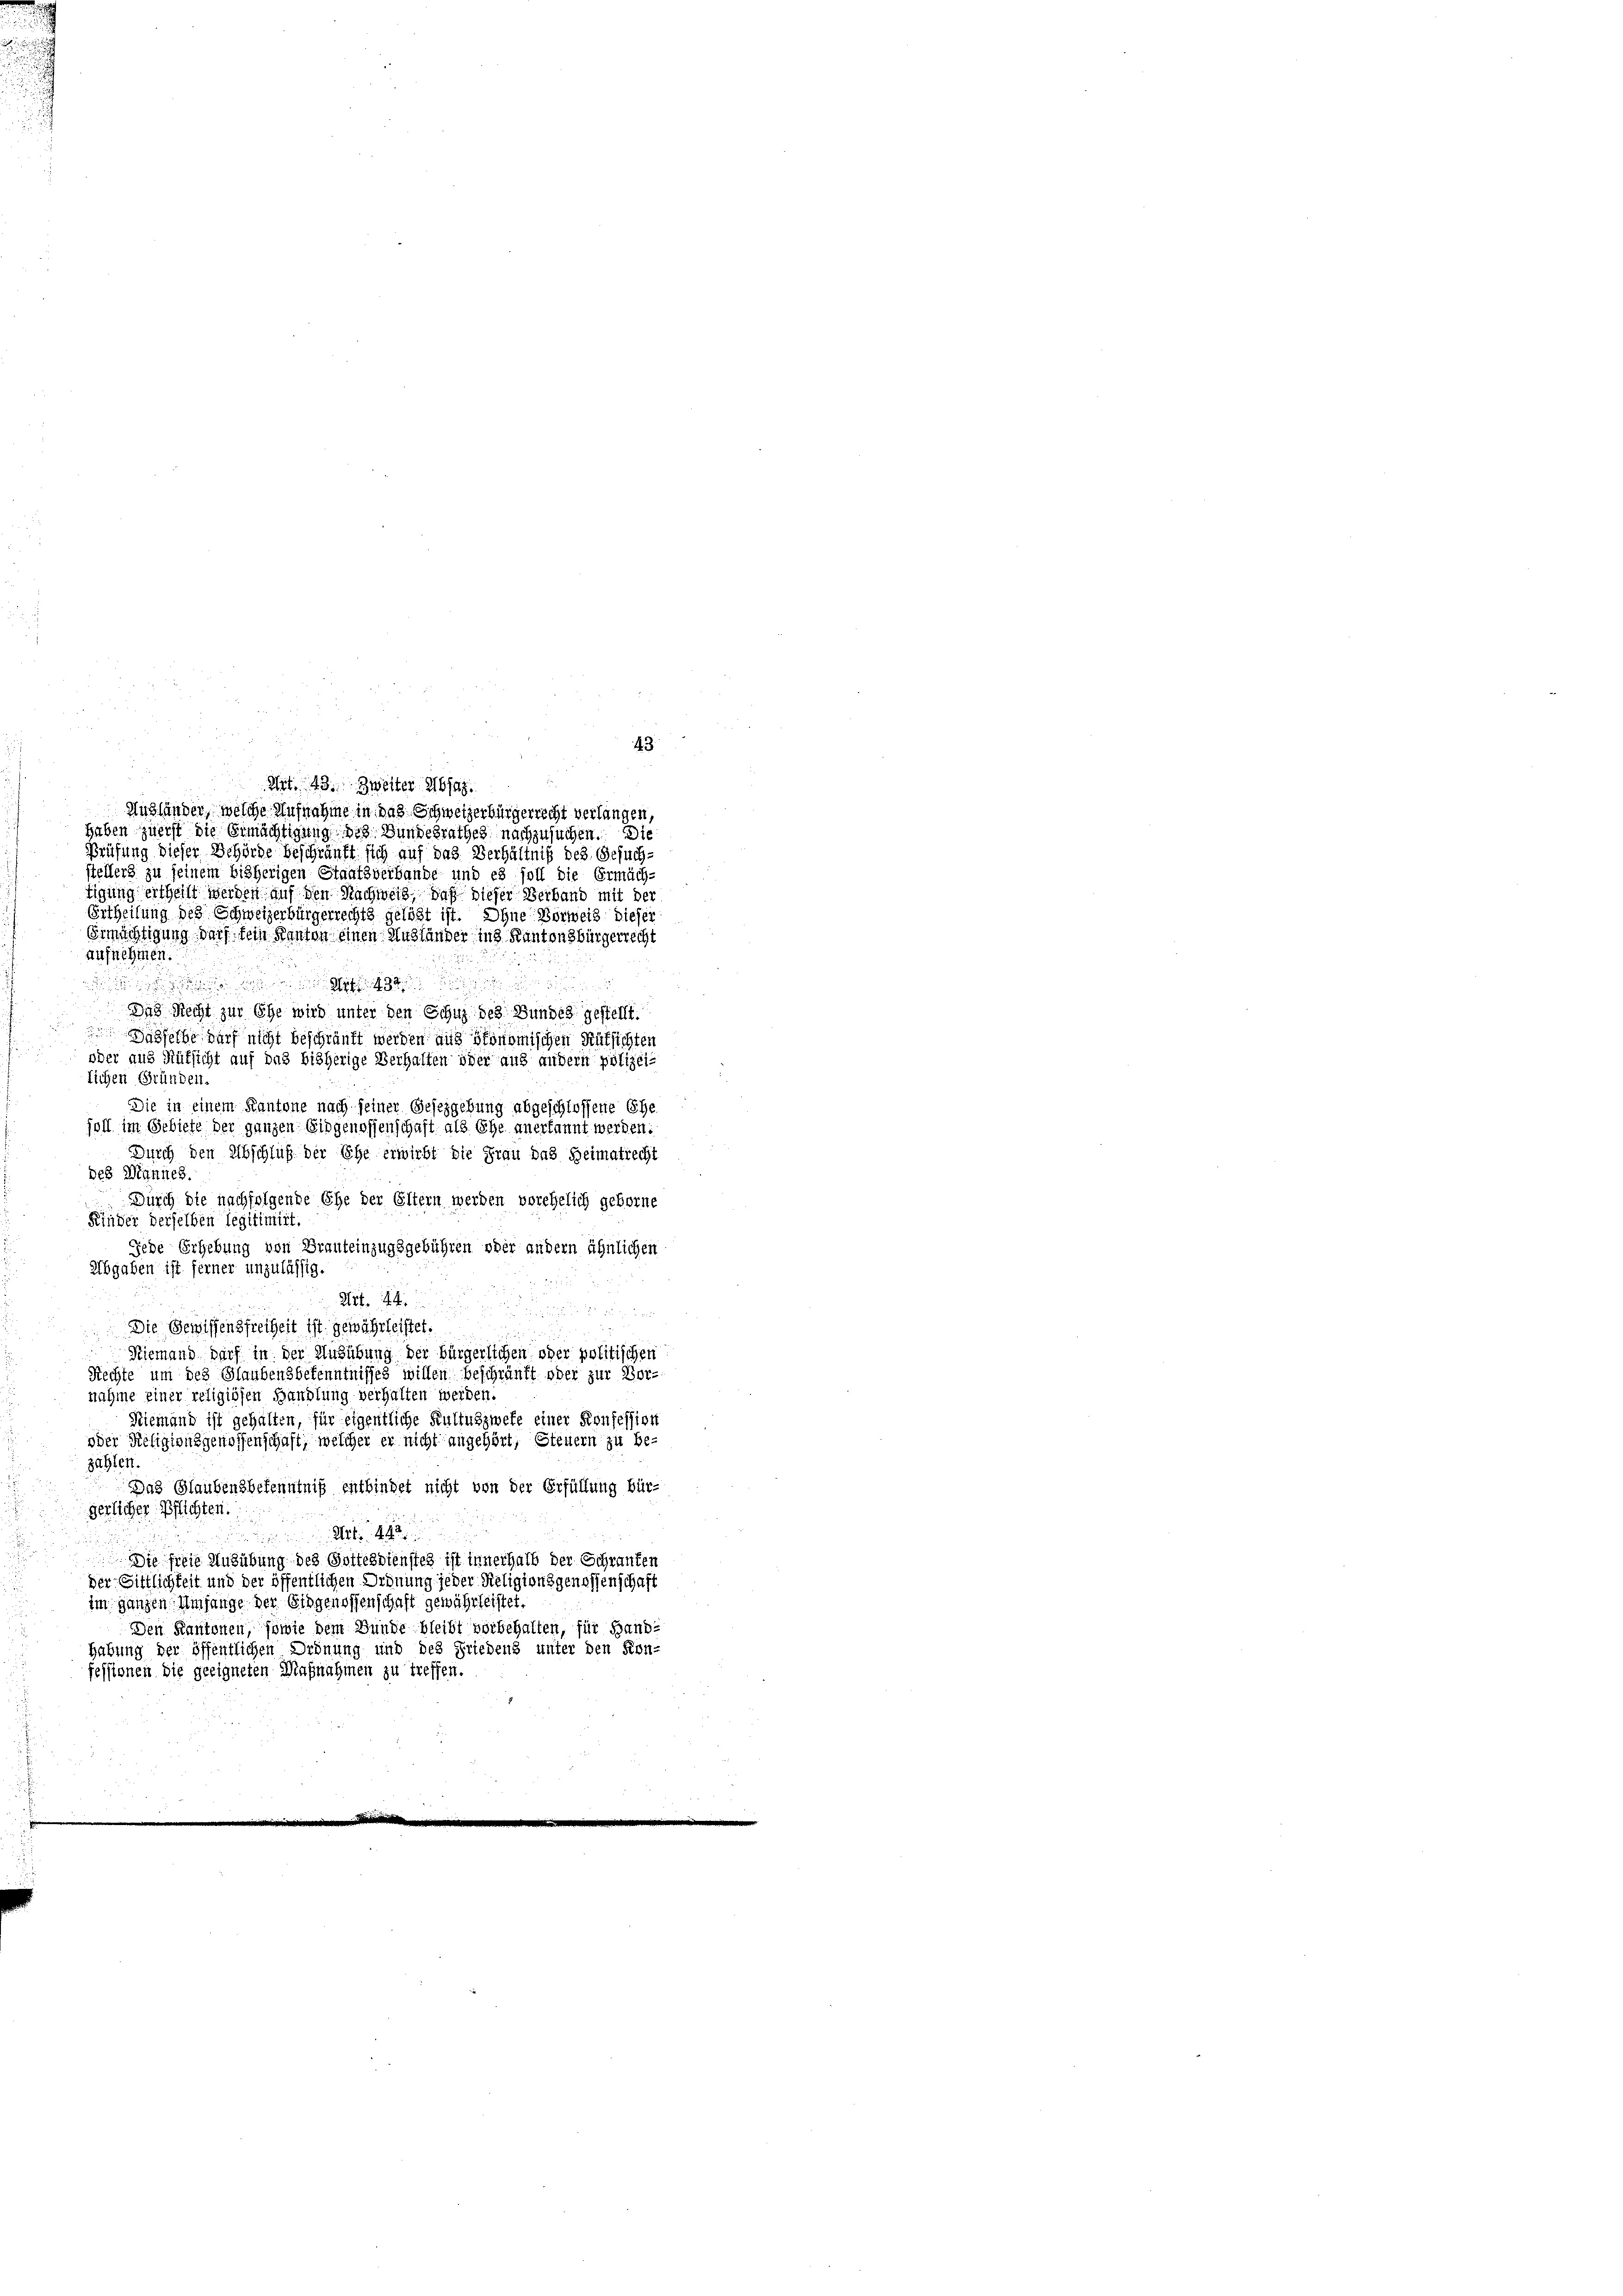
i
Ausländer, welche Aufnahme in das Schweizerbürgerrecht verlangen,
Haben zuerst die Gemächtigung des Bundesrathes nachzusuchen. Die
Prüfung dieser Behörde beschränkt sich auf das Verhältniß des Gesuchstellers zu seinem bisherigen Staatsverbande und es soll die Ermäch-
tigung ertheilt werden auf den Nachweid, daß dieser Verband mit der
Ertheilung des Schweizerbürgerrechts gelöst ist. Ohne Vorweis dieser
Ermächtigung darf sein Kanton einen Anständer in 2 Kantonsbürgerrecht
aufnehmen.

Das Recht zur Ehe wird unter den Schuz des Bundes gestellt.
Dasselbe darf nicht beschränkt werden aus Stonomischen Rütsichten
oder aus Rüksicht auf das bisherige Verhalten oder aus andern polizei-
lichen Gründen.
Die in einem Kantone nach seiner Gesezgebung abgeschlossene Ehe
soll im Gebiete der ganzen Eidgenossenschaft als Ehe anerkannt werden.
Durch den Abschluß der Ehe erwirbt die Frau das Heimatrecht
des Mannes.
Durch die nachfolgende Ehe der Eltern werden vorehelich geborne
Finder derselben legitimirt.
Jede Erhebung von Brauteinzugsgebühren oder andern ähnlichen
Abgaben ist ferner unzulässig
Art. 44.
 Die Gewissensfreiheit ist. gewährleistet.
Niemand darf in der Ausübung der bürgerlichen oder politischen
Rechte um des Glaubensbekenntnisses willen beschränkt oder zur Vor-
nahme einer religiösen Handlung verhalten werden.
Niemand ist gehalten, für eigentliche Kultuszwefe einer Konsession
oder Religionsgenossenschaft, welcher er nicht angehört, Steuern zu bezählen.
Das Glaubensbekenntniß entbindet nicht von der Erfüllung bür-
gerlicher Pflichten.

Die freie Ausübung des Gottesdiensteh ist innerhalb der Schranken
der Sittlichkeit und der öffentlichen Ordnung jeder Religionsgenossenschaft
im ganzen Umfange der Eidgenossenschaft gewährleistet.
Den Kantonen, sowie dem Bunde bleibt vorbehalten, für Hand-
Habung der öffentlichen Ordnung und des Friedens unter den Kon-
fessionen die geeigneten Aufnahmen zu treffen.

Art. 43. Zweiter Absag

43